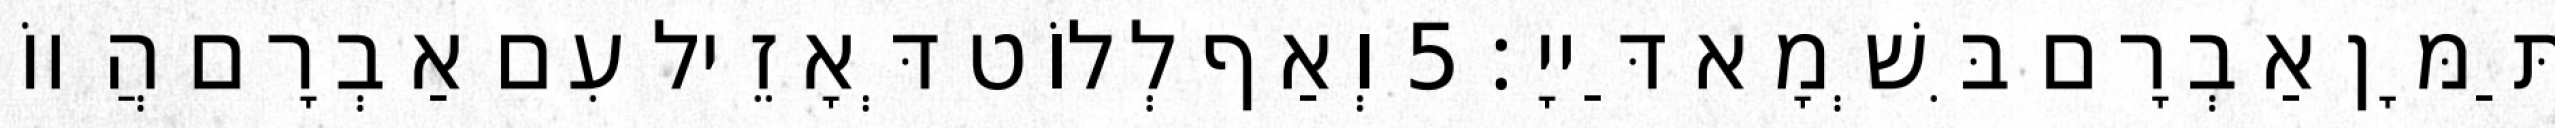
תַּמָּן אַבְרָם בִּשְׁמָא דַּייָ׃ 5 וְאַף לְלוֹט דְּאָזֵיל עִם אַבְרָם הֲווֹ